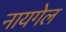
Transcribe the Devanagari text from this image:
नायगेल